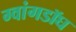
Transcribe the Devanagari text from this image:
ग्वांगडॉघ